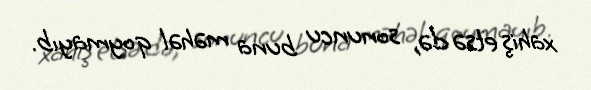
xahiş etsə də, sonuncu buna məhəl qoymayıb.